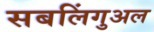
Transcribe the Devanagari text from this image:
सबलिंगुअल